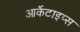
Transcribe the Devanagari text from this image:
आर्केटाइप्स